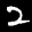
Label: 2